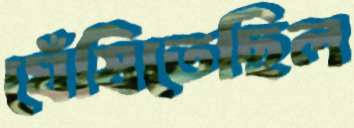
ঘেঁষিতেছিল